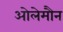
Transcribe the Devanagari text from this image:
ओलेमौन